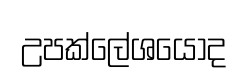
උපක්ලේශයෝද